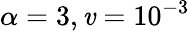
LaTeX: \alpha=3,\mathit{v}=10^{-3}